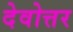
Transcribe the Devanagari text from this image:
देवोत्तर